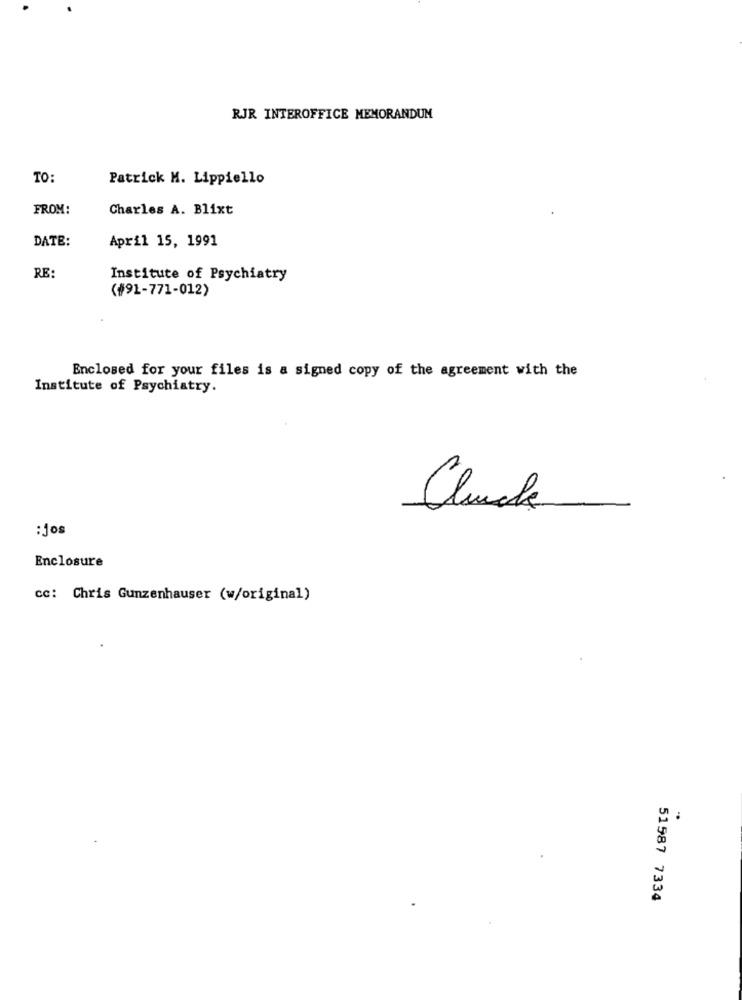
RJR INTEROFFICE MEMORANDUM
TO:
Patrick M. Lippiello
FROM:
Charles A. Blixt
DATE:
April 15, 1991
RE:
Institute of Psychiatry
(#91-771-012)
Enclosed for your files is a signed copy of the agreement with the
Institute of Psychiatry.
Chuck
:Jos
Enclosure
cc: Chris Gunzenhauser (w/original)
:
51987 7334